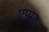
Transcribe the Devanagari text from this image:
एप्पुडु